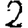
Digit: 2